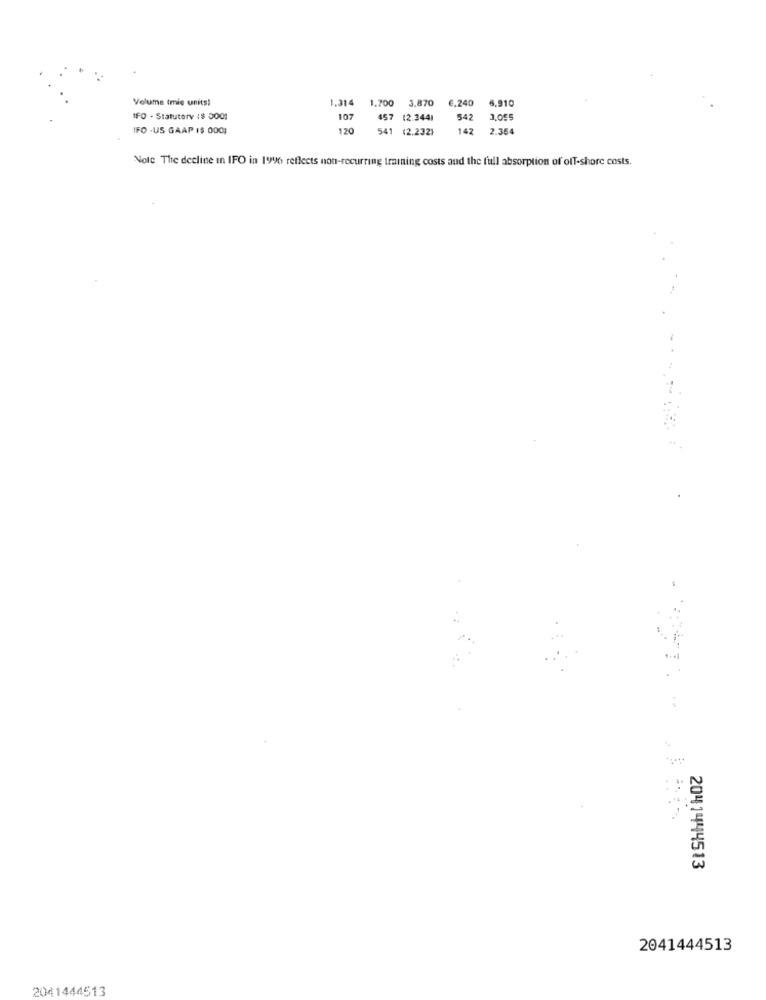
Volume tmie units!
1.314
1.700 3,870
€.240
6.910
IFO - Statutorv :$ 5001
107
457 (2.344)
542
3,095
IFO -US GAAP ($ 000;
120
541 (2.232}
142
2.364
Note The decline in IFO in 1996 reflects non-recurring training costs and the full absorption of off-shore costs.
2041444513
2041444513
2041444513